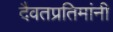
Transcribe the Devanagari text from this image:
दैवतप्रतिमांनी